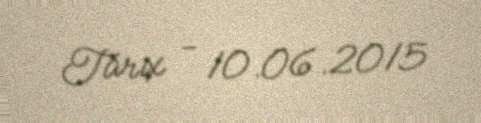
Tarix - 10.06.2015